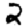
Digit: 2